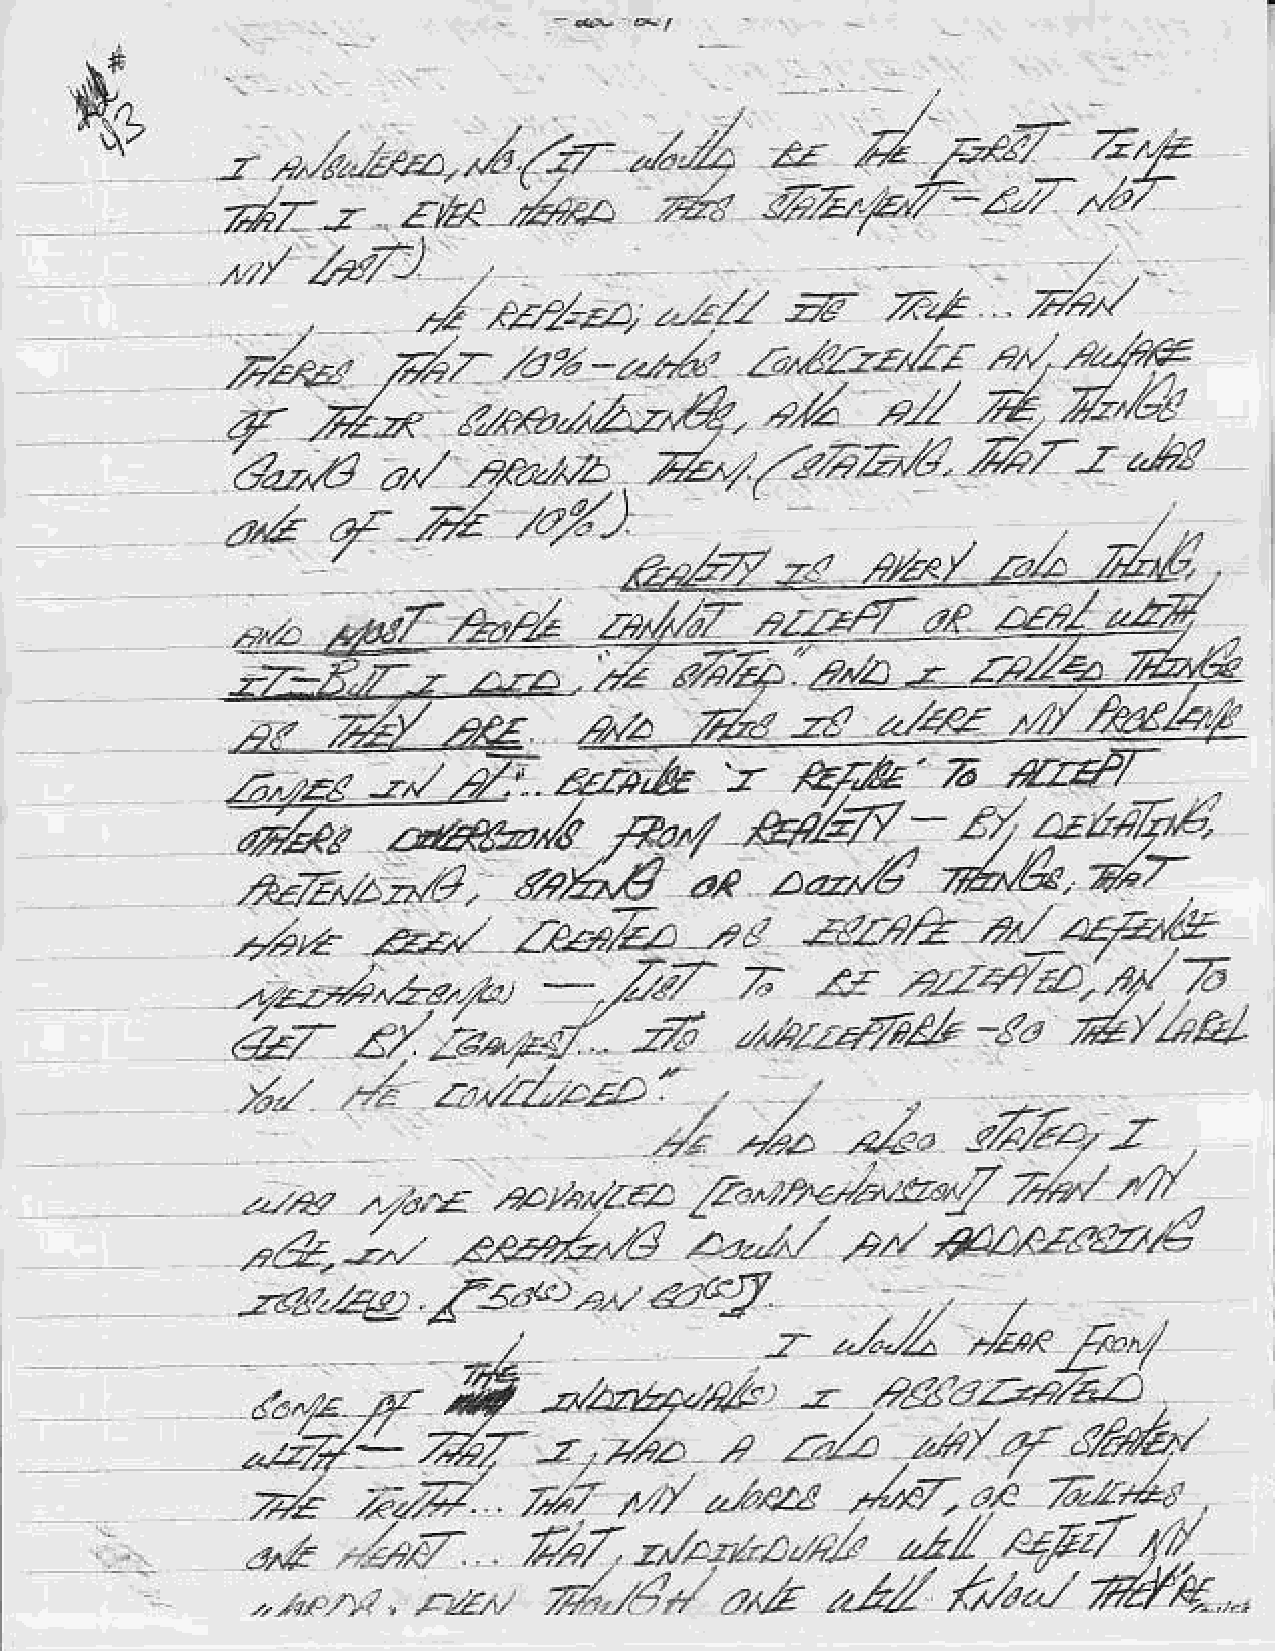
u     d
 Z  /                ,=*V      z,,r=
 {,
 -z   o*. 1,,ro.,..1  1rz-
 -L^- z---/ / t4
 d7-2.              ,Z/tsa    v*1    !/-t_z /.Pr'/         ,/2'
 atb4
 a"ff
 /.u,       *z
 ,m-'-"n*        z-'22r''"//'    ?^/
 '."r
 ./-      rm,-zu'4                    z/.4        Z''6!
 ,".t2
 7'a  -i)ta    tJrztue9
 ,,.raz
 )altz       .d-,7zaz*'
 v'27
 2      i                                                -r
 "?'
 ,"/)
 z,/
 Z't
 aplry    =              zoZ
 '
 "/a"y'
 ze:1<4
 /,7             tP
 ,zzLtVa
 t   zruA
 Z
 lr'a/EL.  .?//4
 4                   lB/41
 .z                                  k/1e.
 ty'a                         ,,Zr'
 ,r-*       ,   Pf'e
 z.rrr          zZ,                             z
 -"t
 T.es.        w,&                                  -,22?T
 t*^/    Hiz'7v:        ra
 '.'F'i'r''
 *-
 nz4,€            za*6'      fuZ*.
 *Si^,o-,t?.                   a.e
 ,,    .'/4   /.4   '
 -d/^/rD/ '1
 -i      ,,,2    *t"ozz             no/-a*.1,A6y'         '4r'
 2'r"
 . -Z    ,^   -**,q,,24       L-;,t      t-    fo.p,ezZ
 'a,zt?/zz)